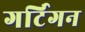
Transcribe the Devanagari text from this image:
गर्टिगन